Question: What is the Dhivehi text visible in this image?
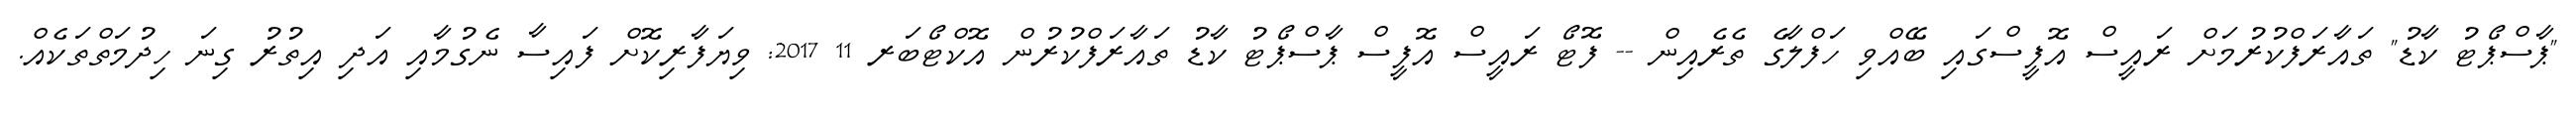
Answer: "ޕާސްޕޯޓު ކާޑު" ތައާރަފްކުރުމަށް ރައީސް އޮފީސްގައި ބޭއްވި ހަފްލާގެ ތެރެއިން -- ފޮޓޯ ރައީސް އޮފީސް ޕާސްޕޯޓު ކާޑު ތައާރަފްކުރުން އޮކްޓޯބަރ 11 2017: ވިޔަފާރިކޮށް ފައިސާ ނެގުމާއި އަދި އިތުރު ގިނަ ހިދުމަތްތަކެއް.